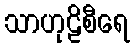
သာဟုဠိစီရေ